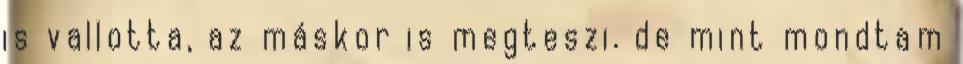
is vallotta, az máskor is megteszi. de mint mondtam